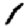
Digit: 1